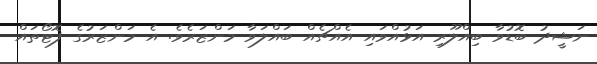
ނަޝީދު ބޮޑުވާ ބިއްލޫރި އަޅުއްވައި އެއްޗެއް ބައްލަވާ މަންޒަރެވެ. އެ މަންޒަރުގެ ފޮޓޯތައް